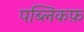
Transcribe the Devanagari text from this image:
पब्लिकफ़